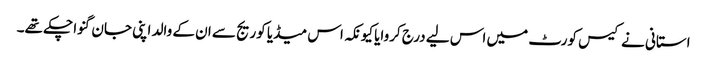
استانی نے کیس کورٹ میں اس لیے درج کروایا کیونکہ اس میڈیا کوریج سے ان کے والد اپنی جان گنوا چکے تھے۔